Indian journal of veterinary science and animal husbandry - Volume 1,
Year: 1931
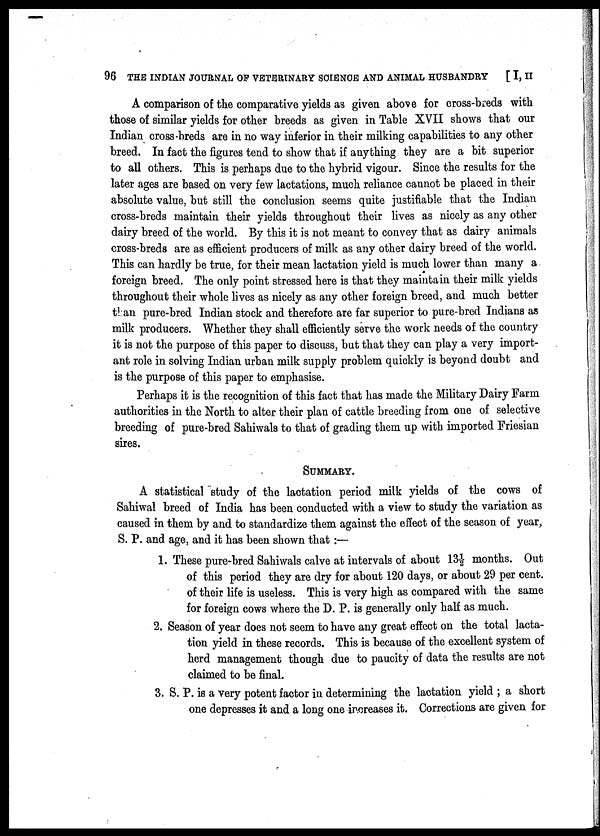
96 THE INDIAN JOURNAL OF VETERINARY SCIENCE AND ANIMAL HUSBANDRY
[ I, II
A comparison of the comparative yields as given above for cross-breds with
those of similar yields for other breeds as given in Table XVII shows that our
Indian cross-breds are in no way inferior in their milking capabilities to any other
breed. In fact the figures tend to show that if anything they are a bit superior
to all others. This is perhaps due to the hybrid vigour. Since the results for the
later ages are based on very few lactations, much reliance cannot be placed in their
absolute value, but still the conclusion seems quite justifiable that the Indian
cross-breds maintain their yields throughout their lives as nicely as any other
dairy breed of the world. By this it is not meant to convey that as dairy animals
cross-breds are as efficient producers of milk as any other dairy breed of the world.
This can hardly be true, for their mean lactation yield is much lower than many a
foreign breed. The only point stressed here is that they maintain their milk yields
throughout their whole lives as nicely as any other foreign breed, and much better
than pure-bred Indian stock and therefore are far superior to pure-bred Indians as
milk producers. Whether they shall efficiently serve the work needs of the country
it is not the purpose of this paper to discuss, but that they can play a very import-
ant role in solving Indian urban milk supply problem quickly is beyond doubt and
is the purpose of this paper to emphasise.
Perhaps it is the recognition of this fact that has made the Military Dairy Farm
authorities in the North to alter their plan of cattle breeding from one of selective
breeding of pure-bred Sahiwals to that of grading them up with imported Friesian
sires.
SUMMARY.
A statistical study of the lactation period milk yields of the cows of
Sahiwal breed of India has been conducted with a view to study the variation as
caused in them by and to standardize them against the effect of the season of year,
S. P. and age, and it has been shown that :—
1. These pure-bred Sahiwals calve at intervals of about 13½ months. Out
of this period they are dry for about 120 days, or about 29 per cent.
of their life is useless. This is very high as compared with the same
for foreign cows where the D. P. is generally only half as much.
2. Season of year does not seem to have any great effect on the total lacta-
tion yield in these records. This is because of the excellent system of
herd management though due to paucity of data the results are not
claimed to be final.
3. S. P. is a very potent factor in determining the lactation yield ; a short
one depresses it and a long one increases it. Corrections are given for